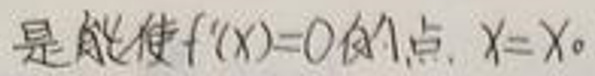
是能使$f'(x)=0$的点，$x = x_0$